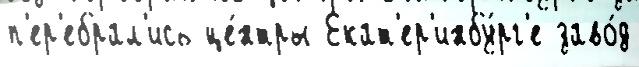
п'ер'ебрал'ись це́нтры Екат'ер'инбу́рг'е заво́д